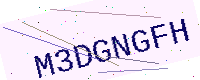
Text: M3DGNGFH